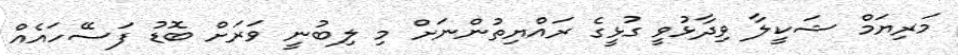
މަރިޔަމް ޝަކީލާ ވިދާޅުވީ ގުޅީގެ ރައްޔިތުންނަށް މި ލިބުނީ ވަރަށް ބޮޑު ފަސޭހައެއް